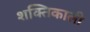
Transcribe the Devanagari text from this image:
शक्‍तिकाली